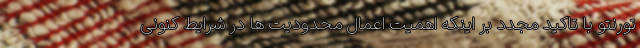
تورنتو با تاکید مجدد بر اینکه اهمیت اعمال محدودیت ها در شرایط کنونی